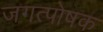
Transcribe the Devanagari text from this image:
जगत्पोषक